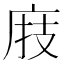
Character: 庪